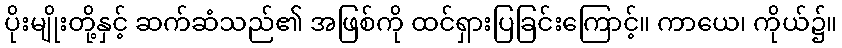
ပိုးမျိုးတို့နှင့် ဆက်ဆံသည်၏ အဖြစ်ကို ထင်ရှားပြခြင်းကြောင့်။ ကာယေ၊ ကိုယ်၌။